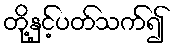
တို့နှင့်ပတ်သက်၍